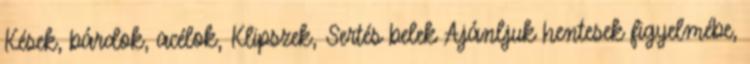
Kések, bárdok, acélok, Klipszek, Sertés belek Ajánljuk hentesek figyelmébe,